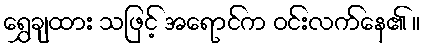
ရွှေချထား သဖြင့် အရောင်က ဝင်းလက်နေ၏ ။